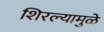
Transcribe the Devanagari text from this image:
शिरल्यामुळे